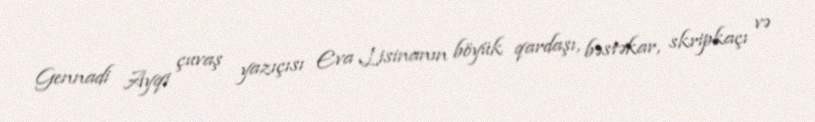
Gennadi Ayqi çuvaş yazıçısı Eva Lisinanın böyük qardaşı, bəstəkar, skripkaçı və